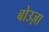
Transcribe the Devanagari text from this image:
बोउज़ा